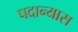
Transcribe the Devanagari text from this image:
पदान्यास